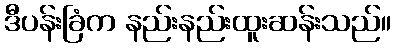
ဒီပန်းခြံက နည်းနည်းထူးဆန်းသည်။